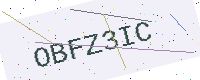
Text: OBFZ3IC